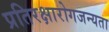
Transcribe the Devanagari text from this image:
प्रतिरक्षारोगजन्यता